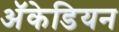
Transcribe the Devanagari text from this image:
अॅकेडियन